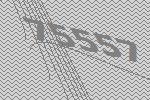
75557